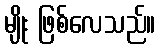
မျိုး ဖြစ်လေသည်။